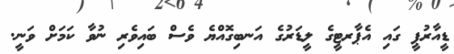
ޑީއާރުޕީ ގައި އެޕާރޓީގެ ލީޑަރުގެ އަނބިގޮއްޔެ ވެސް ބައިވެރި ނުވާ ކަމަށް ވަނީ.